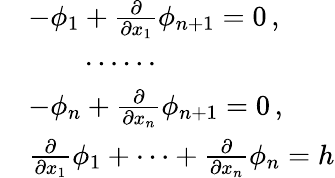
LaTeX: \begin{array}{rl}&{-\phi_{1}+\frac{\partial}{\partial x_{1}}\phi_{n+1}=0\, ,}\\ &{\qquad\cdots\cdots}\\ &{-\phi_{n}+\frac{\partial}{\partial x_{n}}\phi_{n+1}=0\, ,}\\ &{\frac{\partial}{\partial x_{1}}\phi_{1}+\cdots+\frac{\partial}{\partial x_{n}}\phi_{n}=h}\end{array}